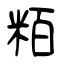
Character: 粨